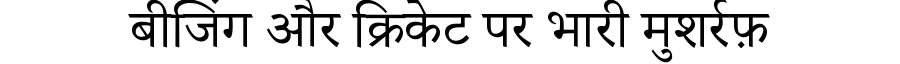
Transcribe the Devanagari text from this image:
बीजिंग और क्रिकेट पर भारी मुशर्रफ़